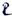
Text: R